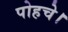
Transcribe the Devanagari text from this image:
पोहचे।